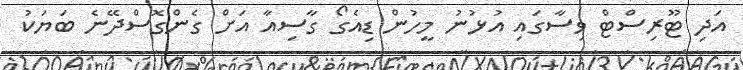
އަދި ޓޫރިސްޓް ވިސާގައި އުޅުނު މީހުން ޑިއެގޯ ގާސިއާ އަށް ގެންގޮސްދޭނެ ބަޔަކު